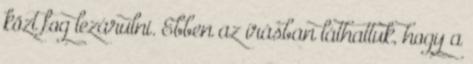
közt fog lezárulni. Ebben az írásban láthattuk, hogy a